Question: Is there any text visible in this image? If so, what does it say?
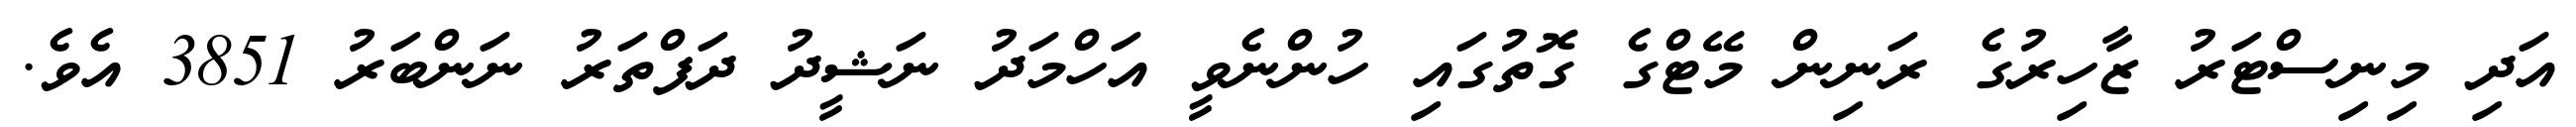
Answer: އަދި މިނިސްޓަރު ޒާހިރުގެ ރަނިން މޭޓްގެ ގޮތުގައި ހުންނެވީ އަހްމަދު ނަޝީދު ދަފްތަރު ނަންބަރު 3851 އެވެ.